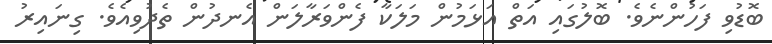
ބޮޑުވި ފަހުންނެވެ. ބޮލުގައި އަތް އަޅަމުން މަލަކާ ފެންވަރާލަން އެނދުން ތެދުވިއެވެ. ގިނައިރު